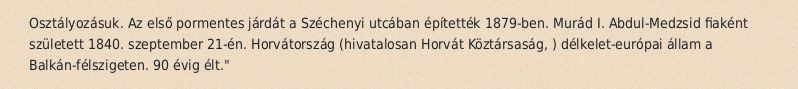
Osztályozásuk. Az első pormentes járdát a Széchenyi utcában építették 1879-ben. Murád I. Abdul-Medzsid fiaként született 1840. szeptember 21-én. Horvátország (hivatalosan Horvát Köztársaság, ) délkelet-európai állam a Balkán-félszigeten. 90 évig élt."